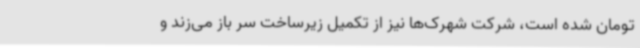
تومان شده است، شرکت شهرک‌ها نیز از تکمیل زیرساخت سر باز می‌زند و